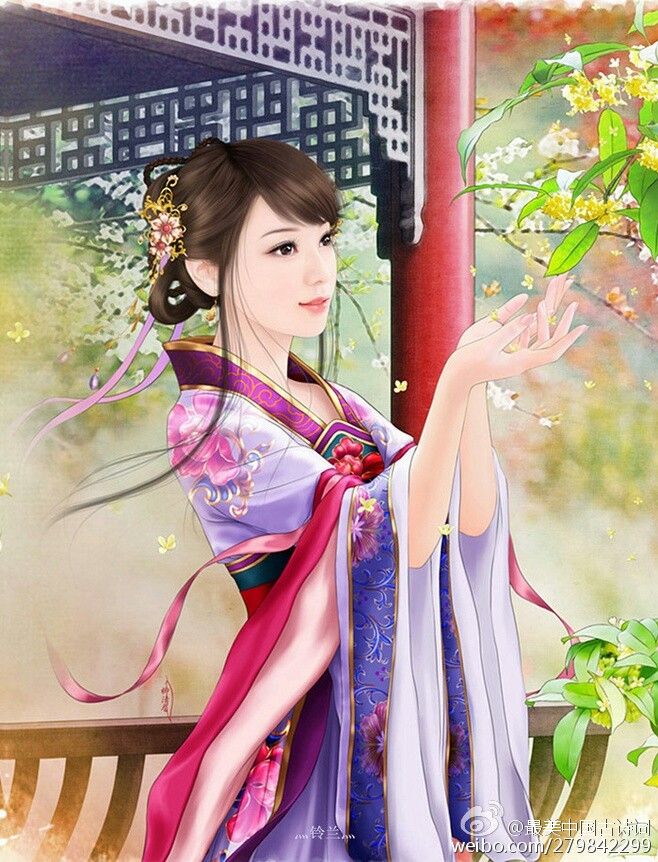
困花压蕊丝丝雨，不堪只共愁人语。